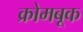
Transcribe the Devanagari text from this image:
क्रोमबूक